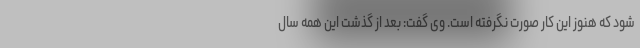
شود که هنوز این کار صورت نگرفته است. وی گفت: بعد از گذشت این همه سال